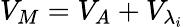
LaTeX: V_{M}={{V}_{{A}}}+{{V}_{{{\lambda}_{i}}}}